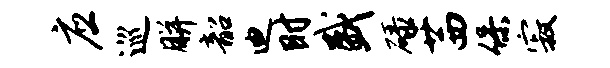
应巡胼韶迪时盛碌茜保寂